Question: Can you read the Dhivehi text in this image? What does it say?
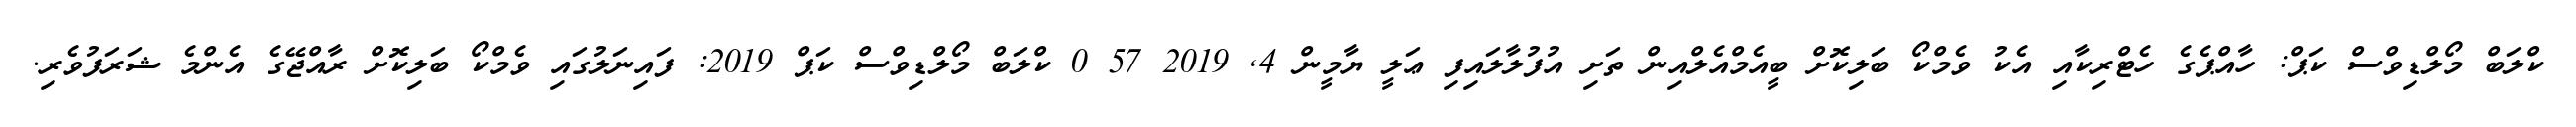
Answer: ކްލަބް މޯލްޑިވްސް ކަޕް: ހާއްޕެގެ ހެޓްރިކާއި އެކު ވެމްކޯ ބަލިކޮށް ބީއެމްއެލްއިން ތަށި އުފުލާލައިފި ޢަލީ ޔާމީން 4, 2019 57 0 ކްލަބް މޯލްޑިވްސް ކަޕް 2019: ފައިނަލުގައި ވެމްކޯ ބަލިކޮށް ރާއްޖޭގެ އެންމެ ޝަރަފުވެރި.